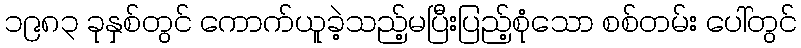
၁၉၈၃ ခုနှစ်တွင် ကောက်ယူခဲ့သည့်မပြီးပြည့်စုံသော စစ်တမ်း ပေါ်တွင်